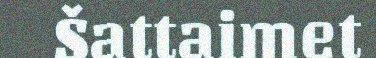
Šattaimet